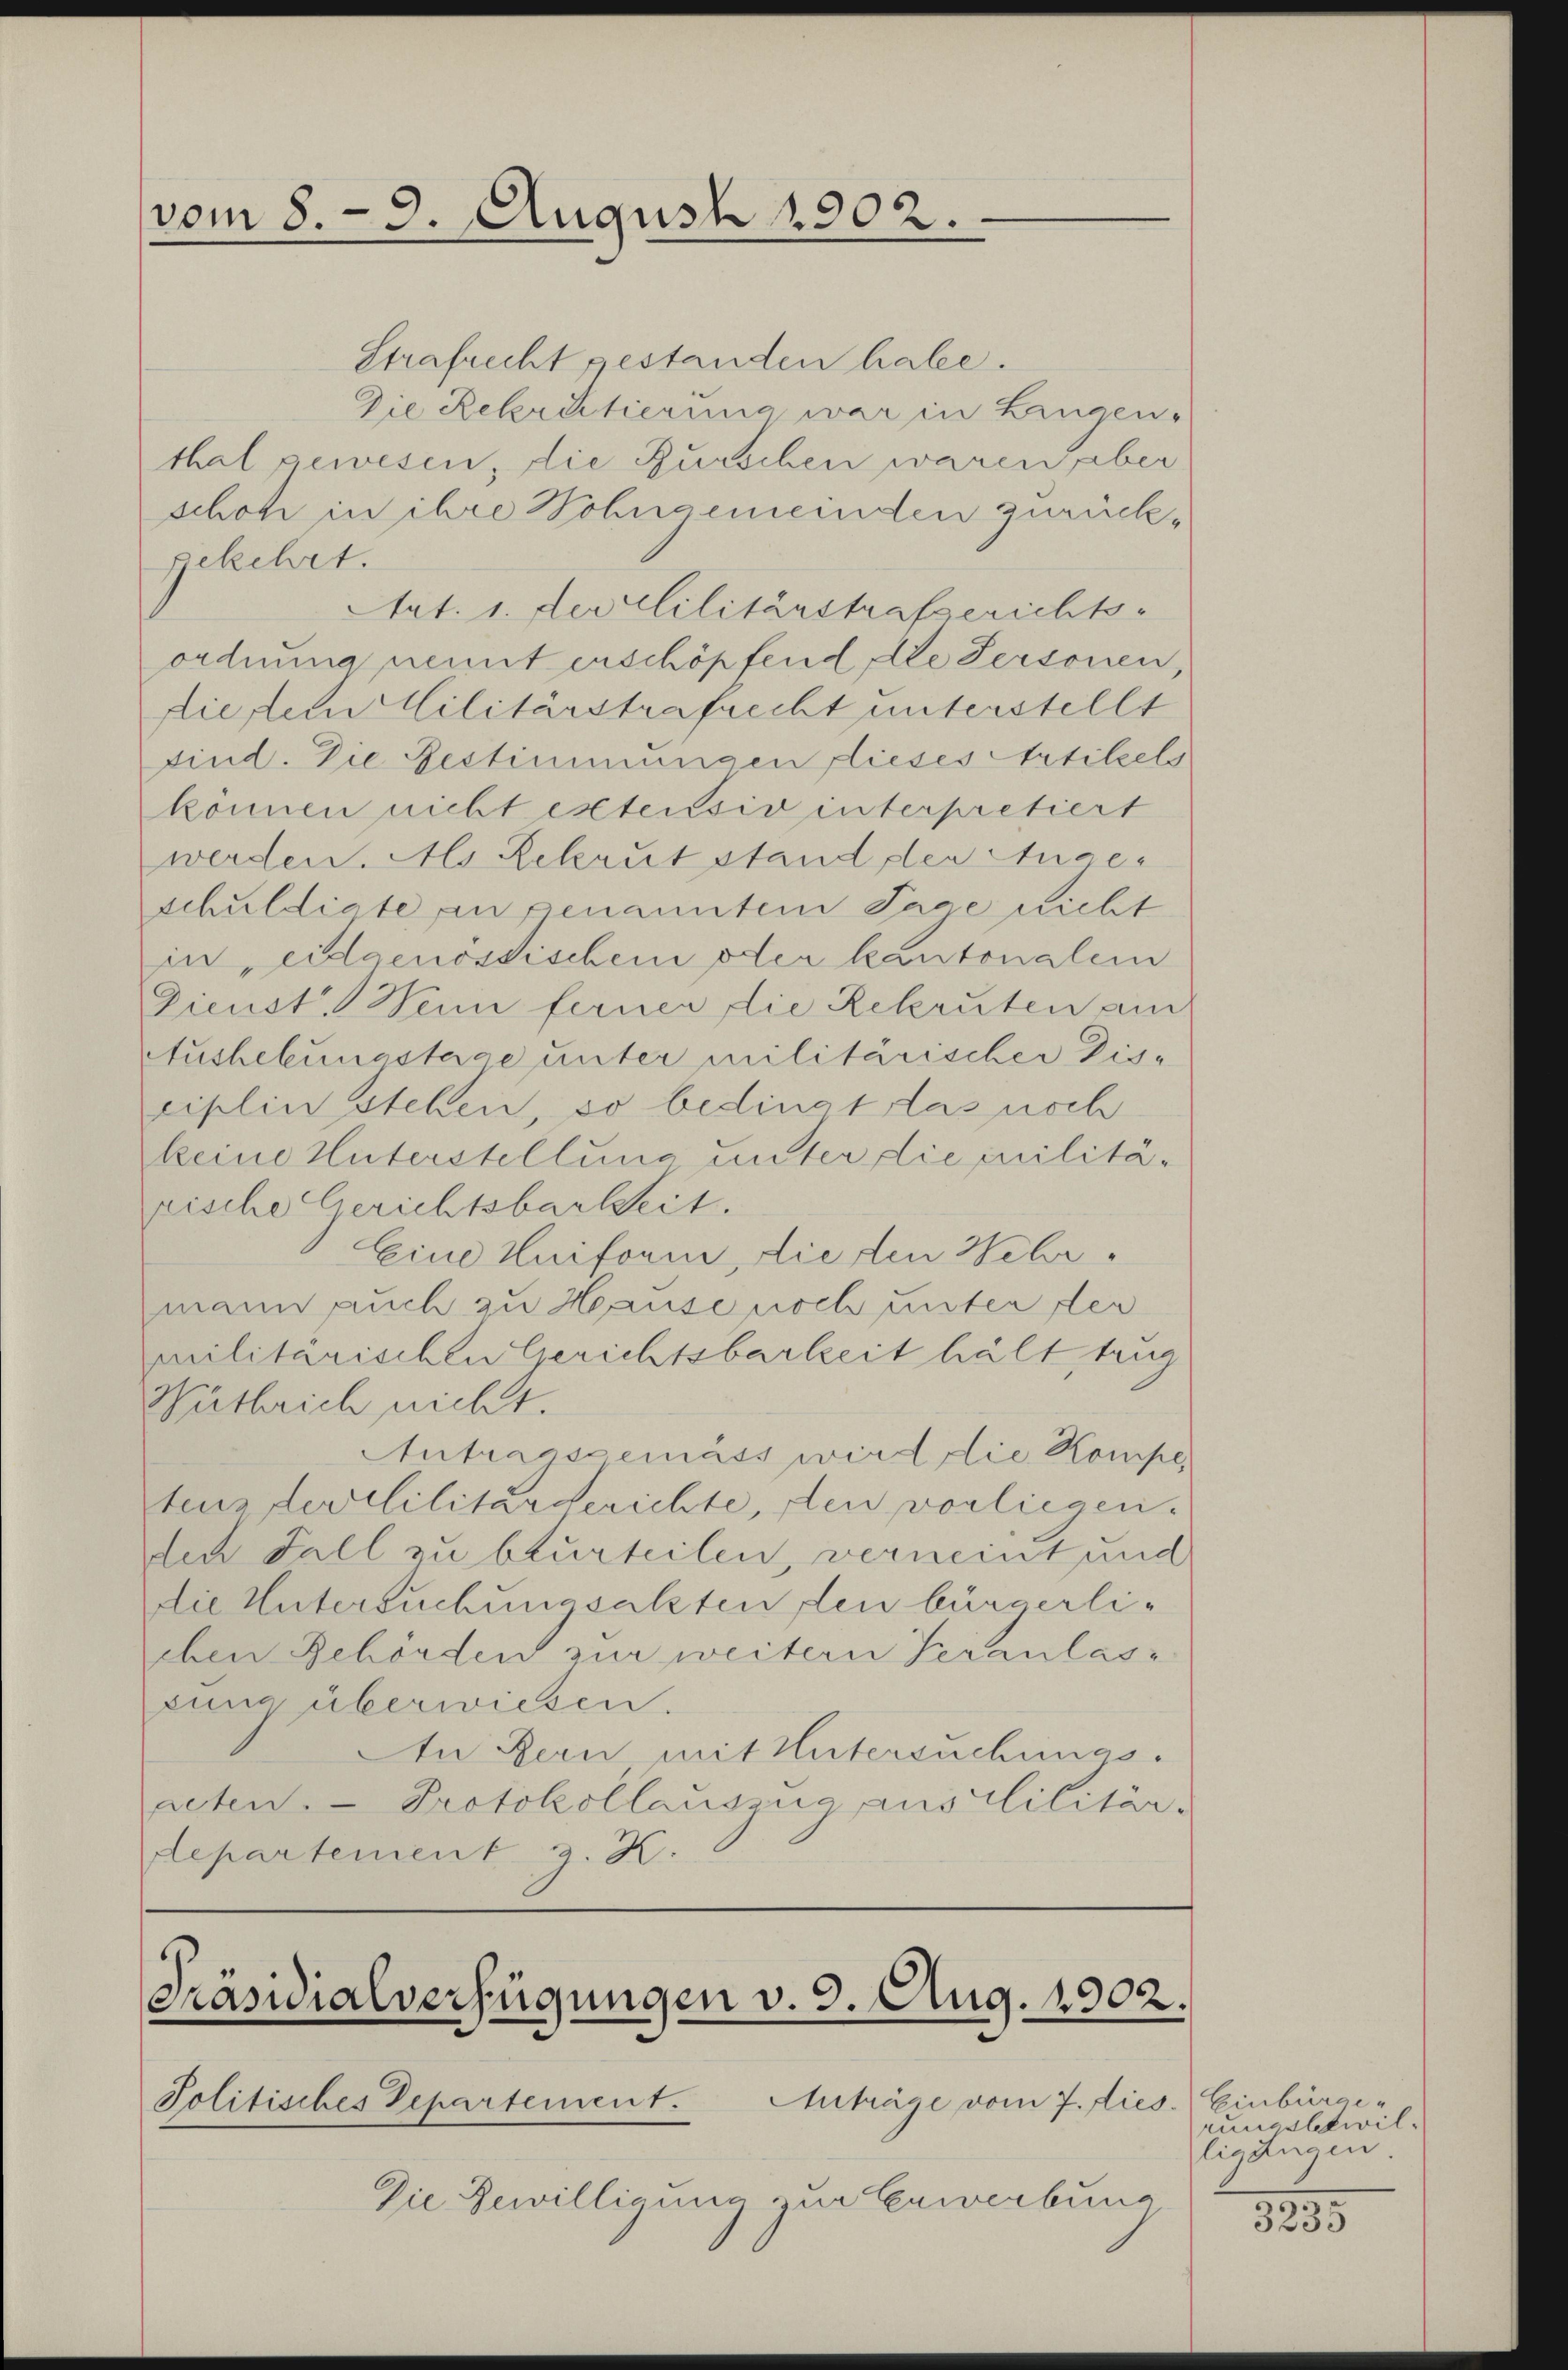
Strafrecht gestanden habe.
Die Rekrutierung war in Lingen,
thal gewesen, die Burschen waren aber
schon in ihre Wohngemeinden zurückgekehrt.
Art. 1. der Clilitärstrafgerichts-
ordnung nennt erschöpfend die Personen,
die dem Militärstrafrecht unterstellt
sind. Die Bestimmungen flieses Artikels
können nicht extensiv interpretiert
werden. Als Rekrut stand der Angeschuldigte an genanntem Tage nicht
in, eidgenössischen oder kantonalem
Dienst. Wenn ferner die Rekruten auc
Aushebungstage unter militärischer Disciplin stehen, so bedingt das noch
keine Unterstellung unter die Militärische Gerichtsbarkeit.
Eine Uniform, die den Wehrmann auch zu Hause noch unter der
militärischen Gerichtsbarkeit hält, taug
Witbrich nicht.
Antragsgemäss wird die Kompe
tenz der Militärgerichte, den vorliegen.
den Fall zu beurteilen, verneint und
Die Untersuchungsakten den bürgerlichen Gehörden zur weitern Veranlass
sung überwiesen.
An Bern mit Untersuchungs.
acten. - Protokollauszug aus Militär.
departement z. K.

vom 8. 9. August 1902.

[Präsidialverfügungen v. 9. Aug. 1902.
Politisches Departement. Anträge vom 7. dies. Einbürge

Die Gewilligung zur Gewerbung

rungsbewilligenden
n

3233